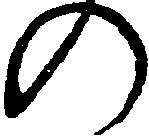
の